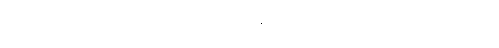
မာနာ မပြောတတ်တော့ဘူး ဆရာရယ်၊ ဘင်ရှန်းကို ပိုက်ဆံပေးလိုက် ရင် ခွေးကို အမဲလုံး